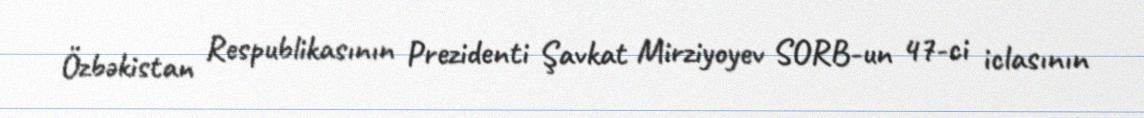
Özbəkistan Respublikasının Prezidenti Şavkat Mirziyoyev SORB-un 47-ci iclasının